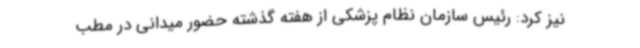
نیز کرد: رئیس سازمان نظام پزشکی از هفته گذشته حضور میدانی در مطب